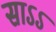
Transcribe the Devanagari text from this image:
साऽऽ